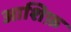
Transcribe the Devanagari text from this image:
आशिफ़